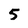
Character: 5